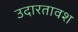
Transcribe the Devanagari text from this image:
उदारतावश